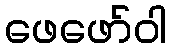
ဖေဖော်ဝါ